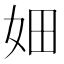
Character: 㚼